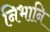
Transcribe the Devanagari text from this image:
निभानि